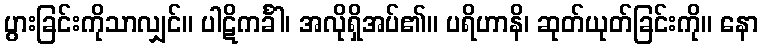
ပွားခြင်းကိုသာလျှင်။ ပါဋိကင်္ခါ၊ အလိုရှိအပ်၏။ ပရိဟာနိ၊ ဆုတ်ယုတ်ခြင်းကို။ နော